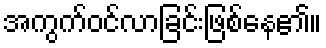
အကွက်ဝင်လာခြင်းဖြစ်နေ၏။